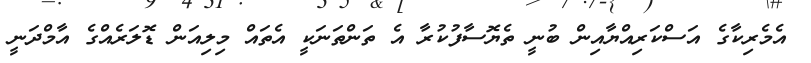
އެމެރިކާގެ އަސްކަރިއްޔާއިން ބުނީ ތެޔޮސާފުކުރާ އެ ތަންތަނަކީ އެތައް މިލިއަން ޑޮލަރެއްގެ އާމްދަނީ